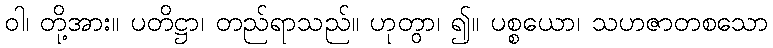
ဝါ၊ တို့အား။ ပတိဋ္ဌာ၊ တည်ရာသည်။ ဟုတွာ၊ ၍။ ပစ္စယော၊ သဟဇာတစသော